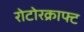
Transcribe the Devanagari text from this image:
रोटोरक्राफ्ट